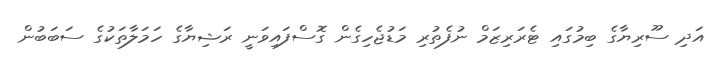
އަދި ސޫރިޔާގެ ބިމުގައި ޓެރަރިޒަމް ނުފެތުރި މަޑުޖެހިގެން ގޮސްފައިވަނީ ރަޝިޔާގެ ހަމަލާތަކުގެ ސަބަބުން